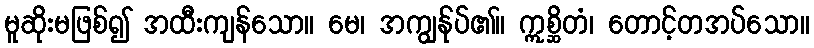
မူဆိုးမဖြစ်၍ အထီးကျန်သော။ မေ၊ အကျွန်ုပ်၏။ ဣစ္ဆိတံ၊ တောင့်တအပ်သော။